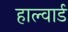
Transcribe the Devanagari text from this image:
हाल्वार्ड